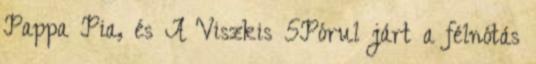
Pappa Pia, és A Viszkis 5Pórul járt a félnótás